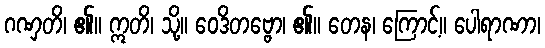
ဂဏှတိ၊ ၏။ ဣတိ၊ သို့။ ဝေဒိတဗ္ဗော၊ ၏။ တေန၊ ကြောင့်။ ပေါရာဏာ၊